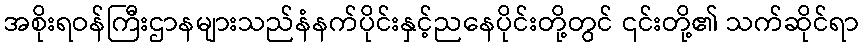
အစိုးရဝန်ကြီးဌာနများသည်နံနက်ပိုင်းနှင့်ညနေပိုင်းတို့တွင် ၎င်းတို့၏ သက်ဆိုင်ရာ